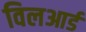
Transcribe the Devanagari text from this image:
विलआर्ड